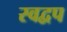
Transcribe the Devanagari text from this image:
स्वद्वप